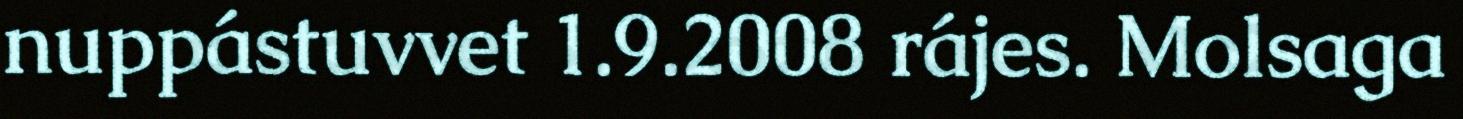
nuppástuvvet 1.9.2008 rájes. Molsaga